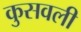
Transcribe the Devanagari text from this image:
कुसवली